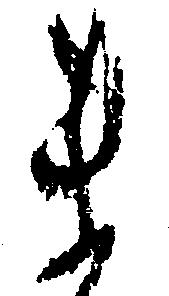
ま